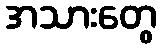
အသားတွေ